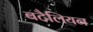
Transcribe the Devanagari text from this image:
बटैलियन